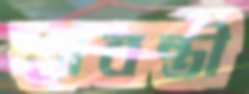
শ্রাবন্তী